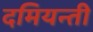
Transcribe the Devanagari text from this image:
दमियन्ती